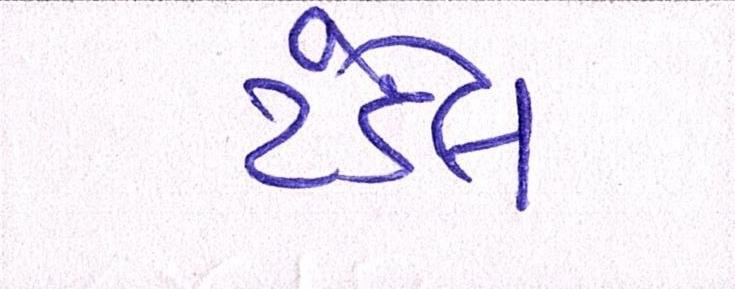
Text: ટંડેલ